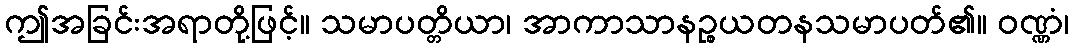
ဤအခြင်းအရာတို့ဖြင့်။ သမာပတ္တိယာ၊ အာကာသာနဉ္စယတနသမာပတ်၏။ ဝဏ္ဏံ၊